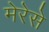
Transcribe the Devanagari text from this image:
मेरेसे